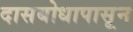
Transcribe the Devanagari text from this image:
दासबोधापासून